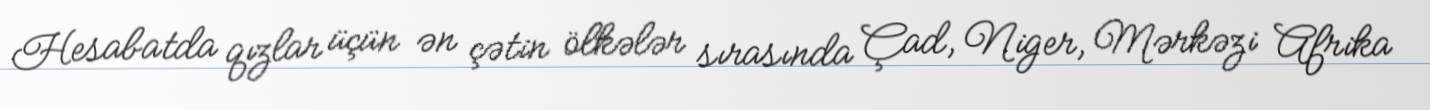
Hesabatda qızlar üçün ən çətin ölkələr sırasında Çad, Niger, Mərkəzi Afrika